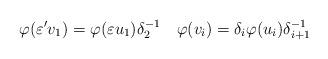
LaTeX: \begin{align*} \varphi(\varepsilon' v_1) = \varphi(\varepsilon u_1) \delta_2^{-1} \quad\varphi(v_i) = \delta_i \varphi(u_i) \delta_{i+1}^{-1} \quad \end{align*}